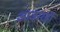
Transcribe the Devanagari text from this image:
आजारही